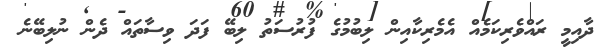
ދާއިމީ ރައްވެރިކަމެއް އެމެރިކާއިން ލިބުމުގެ ފުރުސަތު ލިބޭ ފަދަ ވިސާތައް ދެން ނުލިބޭނެ